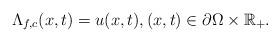
LaTeX: \begin{align*}\Lambda_{f,c}(x,t)=u(x, t),(x, t)\in {\partial \Omega\times\mathbb{R}_+}. \end{align*}